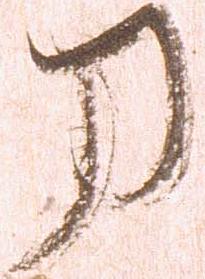
刀